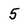
Character: 5